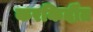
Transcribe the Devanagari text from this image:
करकिर्दीत